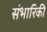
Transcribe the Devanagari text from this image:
संभारिकी